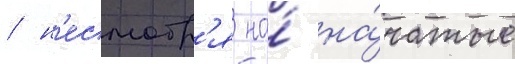
/ н'есмотр'я на́ на́чатые